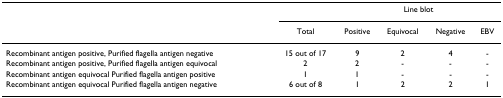
|  |  | <COLSPAN=4> Line blot |
 |  | Total | Positive | Equivocal | Negative | EBV |
 | --- | --- | --- | --- | --- | --- |
 | Recombinant antigen positive, Purified flagella antigen negative | 15 out of 17 | 9 | 2 | 4 | - |
 | Recombinant antigen positive, Purified flagella antigen equivocal | 2 | 2 | - | - | - |
 | Recombinant antigen equivocal Purified flagella antigen positive | 1 | 1 | - | - | - |
 | Recombinant antigen equivocal Purified flagella antigen negative | 6 out of 8 | 1 | 2 | 2 | 1 |